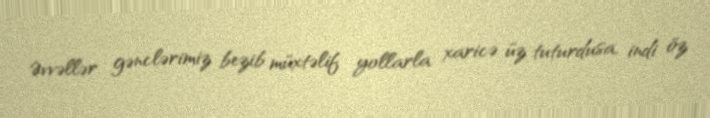
Əvvəllər gənclərimiz bezib müxtəlif yollarla xaricə üz tuturdusa, indi öz